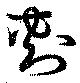
刺